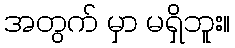
အတွက် မှာ မရှိဘူး။